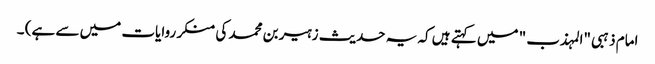
امام ذہبی "المہذب " میں کہتے ہیں کہ یہ حدیث زہیر بن محمد کی منکر روایات میں سے ہے) ۔